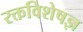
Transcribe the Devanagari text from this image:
रक्तविशेषज्ञ